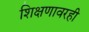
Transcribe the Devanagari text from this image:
शिक्षणावरही